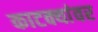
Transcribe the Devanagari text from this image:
काटक्यांवर